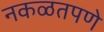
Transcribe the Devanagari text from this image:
नकळतपणे